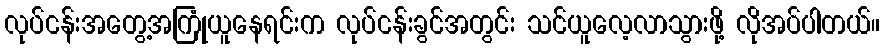
လုပ်ငန်းအတွေ့အကြုံယူနေရင်းက လုပ်ငန်းခွင်အတွင်း သင်ယူလေ့လာသွားဖို့ လိုအပ်ပါတယ်။